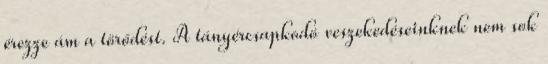
érezze ám a törődést. A tányércsapkodó veszekedéseinknek nem sok